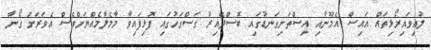
ލުއިވައިރޯޅިތައް އައިސް އެމޫނާއި އިސްތަށިގަނޑުގައި ބޮސްދޭއިރު ގަސްގަހުގައި ފޮޅިފައިވާ މާމެލާމެއްޔަށްވެސް އެވަރަށް ގޯނާ